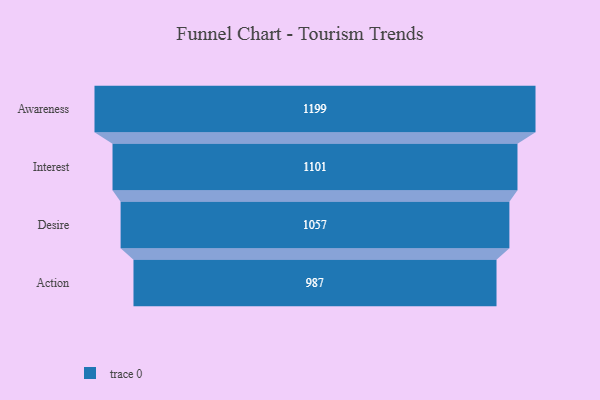
{"axis": {"x": "Stage", "y": "Value"}, "legend": [""], "data": [{"x": "Awareness", "y": 1199.0, "type": ""}, {"x": "Interest", "y": 1101.0, "type": ""}, {"x": "Desire", "y": 1057.0, "type": ""}, {"x": "Action", "y": 987.0, "type": ""}]}